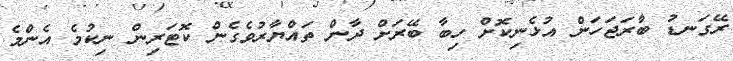
ރޭގަނޑު ބާރަޖަހަން އުޅެނިކޮށް ހިބާ ބޭރަށް ދާން ތައްޔާރުވެގެން ކޮޓަރިން ނިކުމެ އެންމެ